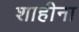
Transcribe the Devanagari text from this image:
शाहीना